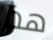
هذا